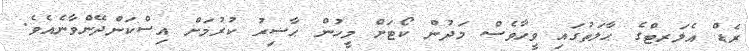
ރެޑް އެލަރޓްގެ ޙާލަތުގައި ވީހާވެސް މަދުން ކޯޓަށް މީހުން ޙާޟިރު ކުރުމަށް އިސްކަންދޭންވާނެއެވެ.